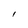
Character: l